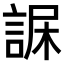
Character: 𧨇